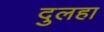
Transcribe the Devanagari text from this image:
दुलहा